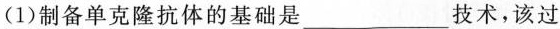
(1)制备单克隆抗体的基础是___技术，该过